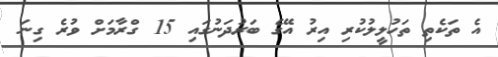
އެ ތަކެތި ތަހުލީލުކުރި އިރު އޭގެ ބަރުދަނުގައި 15 ގްރާމަށް ވުރެ ގިނަ